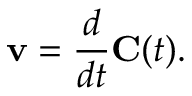
\mathbf { v } = { \frac { d } { d t } } \mathbf { C } ( t ) .